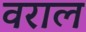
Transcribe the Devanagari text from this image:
वराल